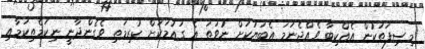
މިސިފަތަކުން އެއްކިބާ ވެއްޖެނަމަ އެބަޔަކަށް ނުވަތަ އެ ގައުމަކަށް ކުރިމަތި ވެގެންދާނީ ނިކަމެތިކަމާއި